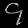
Digit: ၄